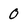
Character: 0